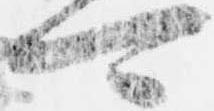
可